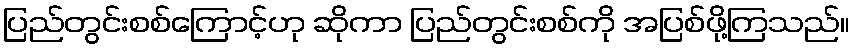
ပြည်တွင်းစစ်ကြောင့်ဟု ဆိုကာ ပြည်တွင်းစစ်ကို အပြစ်ဖို့ကြသည်။